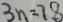
3 n = 7 8